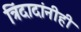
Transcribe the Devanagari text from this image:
त्रिंदादांनीही